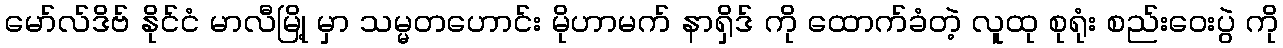
မော်လ်ဒိဗ် နိုင်ငံ မာလီမြို့ မှာ သမ္မတဟောင်း မိုဟာမက် နာရှိဒ် ကို ထောက်ခံတဲ့ လူထု စုရုံး စည်းဝေးပွဲ ကို